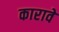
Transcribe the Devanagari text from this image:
कारावे